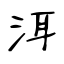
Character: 洱